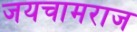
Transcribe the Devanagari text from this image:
जयचामराज